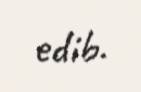
edib.